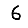
Digit: 6